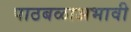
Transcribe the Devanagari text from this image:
पाठबळाअभावी